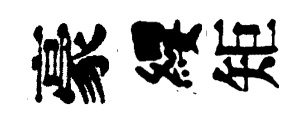
豪纓矩